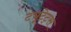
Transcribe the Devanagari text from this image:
ट्यूटेट्स